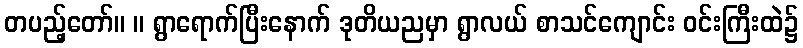
တပည့်တော်။ ။ ရွာရောက်ပြီးနောက် ဒုတိယညမှာ ရွာလယ် စာသင်ကျောင်း ဝင်းကြီးထဲ၌